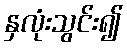
နှလုံးသွင်း၍